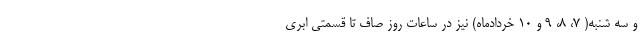
و سه شنبه( ۷، ۸، ۹ و ۱۰ خردادماه) نیز در ساعات روز صاف تا قسمتی ابری